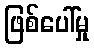
ဖြစ်ပေါ်မှု